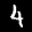
Label: 4